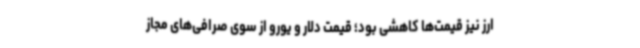
ارز نیز قیمت‌ها کاهشی بود؛ قیمت دلار و یورو از سوی صرافی‌های مجاز